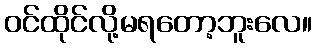
ဝင်ထိုင်လို့မရတော့ဘူးလေ။